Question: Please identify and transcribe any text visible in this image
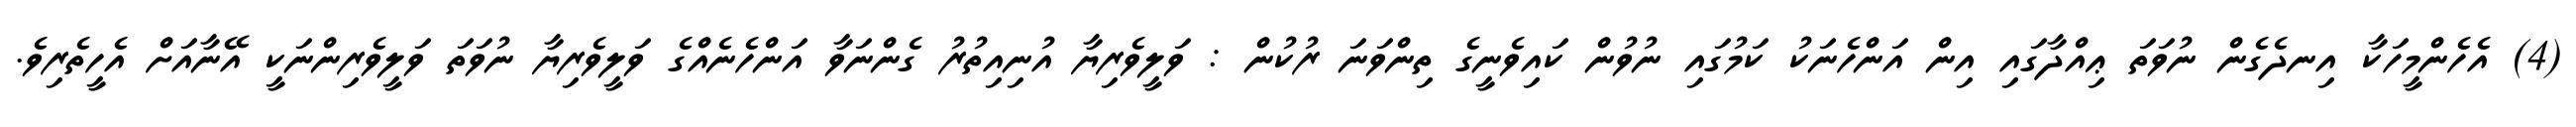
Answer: (4) އެހެންމީހަކާ އިނދެގެން ނުވަތަ ޢިއްދާގައި އިން އަންހެނަކު ކަމުގައި ނުވުން ކައިވެނީގެ ތިންވަނަ ރުކުން : ވަލީވެރިޔާ އުނިއިތުރު ގެންނަވާ އަންހެނެއްގެ ވަލީވެރިޔާ ނުވަތަ ވަލީވެރިންނަކީ އޭނާއަށް އެހީތެރިވެ.